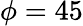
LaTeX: \phi=45